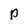
Character: p